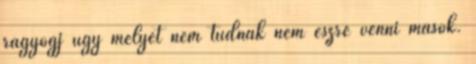
ragyogj úgy melyet nem tudnak nem észre venni mások.